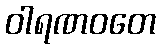
ဝါရဏဝတေ